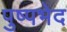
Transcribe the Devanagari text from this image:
पुष्पभेद